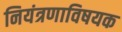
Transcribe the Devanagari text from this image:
नियंत्रणाविषयक